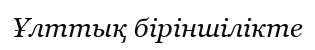
Ұлттық біріншілікте